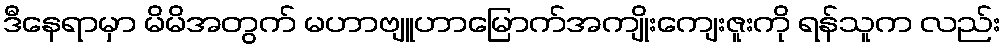
ဒီနေရာမှာ မိမိအတွက် မဟာဗျူဟာမြောက်အကျိုးကျေးဇူးကို ရန်သူက လည်း